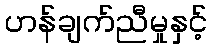
ဟန်ချက်ညီမှုနှင့်